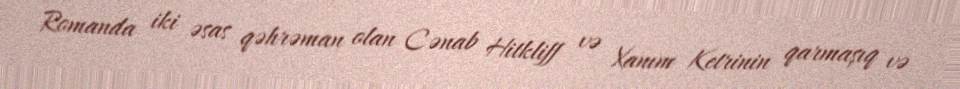
Romanda iki əsas qəhrəman olan Cənab Hitkliff və Xanım Ketrinin qarmaşıq və